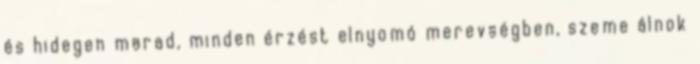
és hidegen marad, minden érzést elnyomó merevségben, szeme álnok